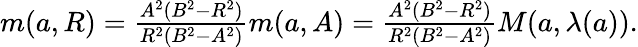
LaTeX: \begin{array}{r}{m({a},R)=\frac{A^{2}(B^{2}-R^{2})}{R^{2}(B^{2}-A^{2})}m({a},A)=\frac{A^{2}(B^{2}-R^{2})}{R^{2}(B^{2}-A^{2})}M({a},\lambda(a)).}\end{array}